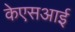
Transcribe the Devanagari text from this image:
केएसआई